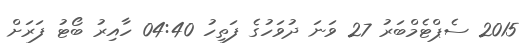
2015 ސެޕްޓެމްބަރު 27 ވަނަ ދުވަހުގެ ފަތިހު 04:40 ހާއިރު ބޯޓު ފަރަށް